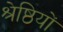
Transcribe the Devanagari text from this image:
श्रेष्ठियों